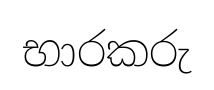
භාරකරු